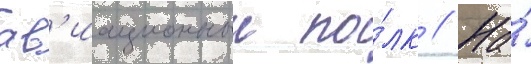
ав'иационныи по́лк // На́